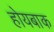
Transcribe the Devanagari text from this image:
होयबाक